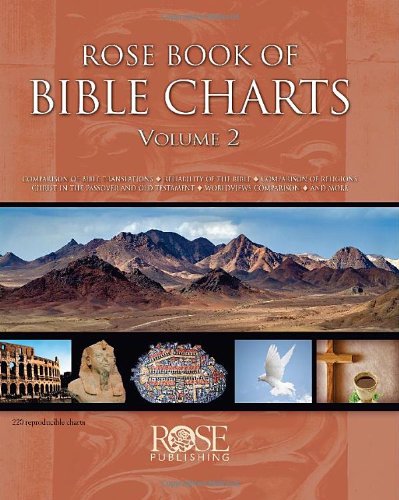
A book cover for Rose Book of Bible Charts, Vol. 2; Rose Publishing; Reference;